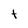
Character: t